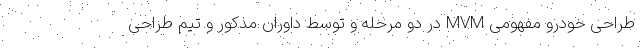
طراحی خودرو مفهومی MVM در دو مرحله و توسط داوران مذکور و تیم طراحی